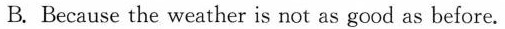
B. Because the weather is not as good as before.